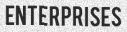
ENTERPRISES